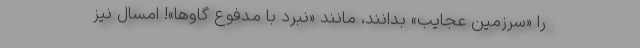
را «سرزمین عجایب» بدانند، مانند «نبرد با مدفوع گاو‌ها»! امسال نیز